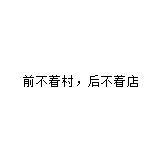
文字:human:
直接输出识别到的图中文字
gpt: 前不着村﹐后不着店